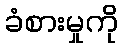
ခံစားမှုကို